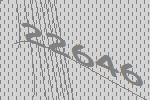
22646